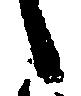
候